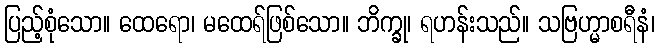
ပြည့်စုံသော။ ထေရော၊ မထေရ်ဖြစ်သော။ ဘိက္ခု၊ ရဟန်းသည်။ သဗြဟ္မာစရီနံ၊